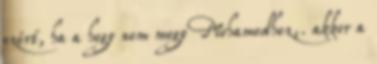
ezért, ha a hegy nem megy Mohamedhez,. akkor a